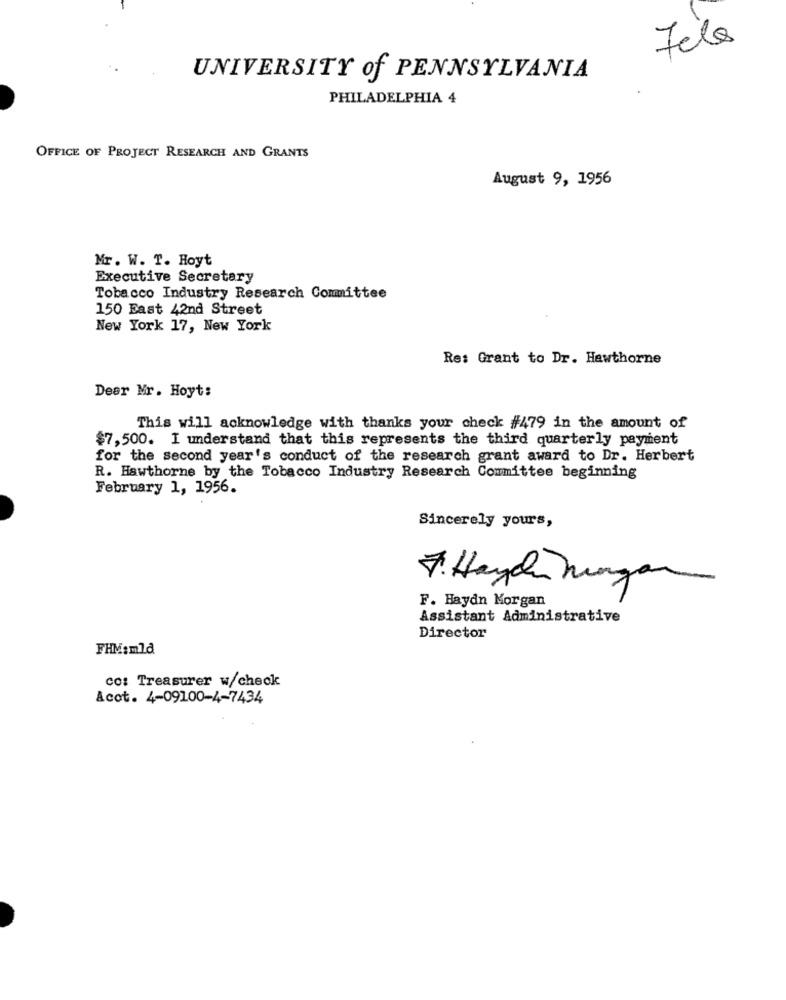
UNIVERSITY of PENNSYLVANIA
PHILADELPHIA 4
OFFICE OF PROJECT RESEARCH AND GRANTS
August 9, 1956
Mr. W. T. Hoyt
Executive Secretary
Tobacco Industry Research Committee
150 East 42nd Street
New York 17, New York
Re: Grant to Dr. Hawthorne
Dear Mr. Hoyt:
This will acknowledge with thanks your check #479 in the amount of
$7,500. I understand that this represents the third quarterly payment
for the second year's conduct of the research grant award to Dr. Herbert
R. Hawthorne by the Tobacco Industry Research Committee beginning
February 1, 1956.
Sincerely yours,
7. Haydh hungar
F. Haydn Morgan
Assistant Administrative
Director
FHM:mld
co: Treasurer w/check
Acot. 4-09100-4-7434